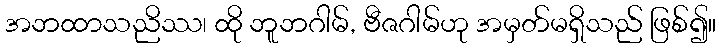
အဘထာသညိဿ၊ ထို ဘူဘဂါမ်, ဗီဇဂါမ်ဟု အမှတ်မရှိသည် ဖြစ်၍။